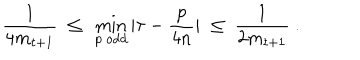
\frac 1 { 4 m _ { t + 1 } } \ \le \ \min _ { p \ \mathrm { o d d } } | \tau - \frac { p } { 4 n } | \ \le \ \frac 1 { 2 m _ { t + 1 } } \ .